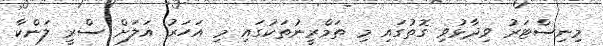
މިނިސްޓަރު ވިދާޅުވި ގޮތުގައި މި ތަމްރީނުތަކުގައި މި އަހަރު އަލަށް ސްރީ ލަންކާ